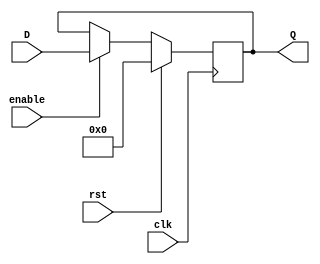
module Reg#(parameter N = 1024)(input [N-1:0]D, input clk, enable, rst, output reg [N-1 : 0] Q);
	
	always@(posedge clk)begin
		if(rst) Q <= 0;
		
		else if(enable) Q <= D;
	end
endmodule